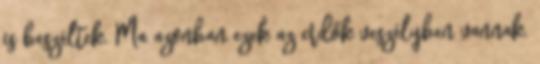
is beszéltek. Ma azonban ezek az erdők veszélyben vannak.